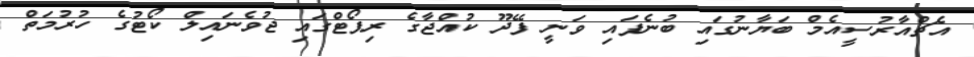
އެޗްއާރުސީއެމް ބަޔާނުގައި ބުނެފައި ވަނީ ފޭދޫ ކުއްޖާގެ ރިޕޯޓްގައި ޖުވެނައިލް ކޯޓުގެ ހުރުމަތް